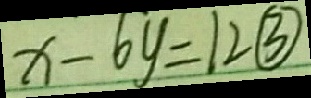
x - 6 y = 1 2 \textcircled { 3 }